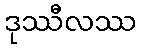
ဒုဿီလဿ